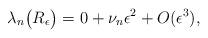
LaTeX: \begin{align*} \lambda_n\big(R_\epsilon\big) = 0 + \nu_n\epsilon^2 + O(\epsilon^3), \end{align*}